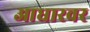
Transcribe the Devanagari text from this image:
आधारवर